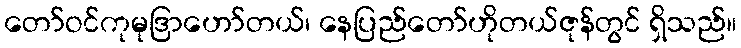
တော်ဝင်ကုမုဒြာဟော်တယ်၊ နေပြည်တော်ဟိုတယ်ဇုန်တွင် ရှိသည်။